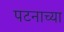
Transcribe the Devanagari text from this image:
पटनाच्या